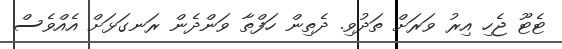
ޓެޓޫ ޖެހި އިރު ވަރަށް ތަދުވި. ދެތިން ހަފްތާ ވަންދެން ރަނގަޅަށް އެއްވެސް